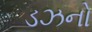
ડઝનો